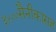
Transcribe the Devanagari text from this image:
३५००सैनीकासह